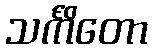
သင်္ကိတော